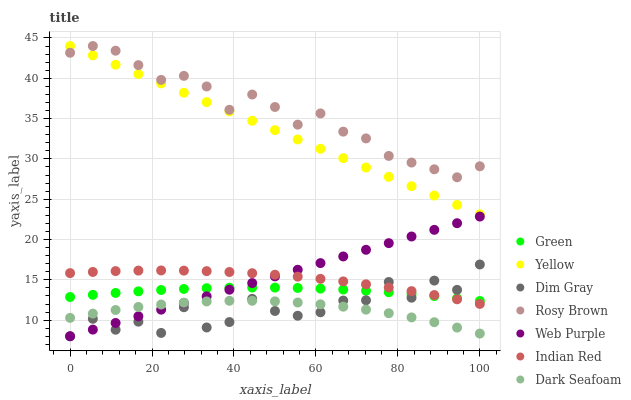
| xaxis_label | Green | Yellow | Dim Gray | Rosy Brown | Web Purple | Indian Red | Dark Seafoam |
 | --- | --- | --- | --- | --- | --- | --- | --- |
 | 0 | 12.9 | 44 | 8 | 43.2 | 8 | 15.8 | 10.3 |
 | 5.56 | 13.1 | 42.8 | 10.2 | 44 | 8.82 | 16 | 10.8 |
 | 11.1 | 13.4 | 41.7 | 8.81 | 43.4 | 9.65 | 16.1 | 11.3 |
 | 16.7 | 13.6 | 40.5 | 9.81 | 41.6 | 10.5 | 16.1 | 11.6 |
 | 22.2 | 13.7 | 39.4 | 8.41 | 39.8 | 11.3 | 16.2 | 11.9 |
 | 27.8 | 13.9 | 38.2 | 11.6 | 40.3 | 12.1 | 16.1 | 12.2 |
 | 33.3 | 14 | 37 | 9.09 | 39 | 12.9 | 16.1 | 12.3 |
 | 38.9 | 14 | 35.9 | 9.76 | 36.1 | 13.8 | 16 | 12.4 |
 | 44.4 | 14 | 34.7 | 12.6 | 38 | 14.6 | 15.8 | 12.4 |
 | 50 | 14 | 33.6 | 11.1 | 36.4 | 15.4 | 15.6 | 12.3 |
 | 55.6 | 14 | 32.4 | 10.5 | 34.2 | 16.2 | 15.4 | 12.2 |
 | 61.1 | 13.9 | 31.2 | 11 | 35.6 | 17.1 | 15.1 | 12 |
 | 66.7 | 13.8 | 30.1 | 12.4 | 33.4 | 17.9 | 14.8 | 11.7 |
 | 72.2 | 13.6 | 28.9 | 12.5 | 32.5 | 18.7 | 14.4 | 11.3 |
 | 77.8 | 13.5 | 27.8 | 14.7 | 30.4 | 19.5 | 14 | 10.9 |
 | 83.3 | 13.2 | 26.6 | 12.8 | 29.5 | 20.4 | 13.6 | 10.3 |
 | 88.9 | 13 | 25.5 | 14.9 | 28.7 | 21.2 | 13.1 | 9.74 |
 | 94.4 | 12.7 | 24.3 | 13.8 | 27.7 | 22 | 12.6 | 9.08 |
 | 100 | 12.4 | 23.1 | 16.9 | 29.1 | 22.8 | 12 | 8.33 |